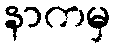
နာကမှ